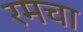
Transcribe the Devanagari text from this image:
रमचा